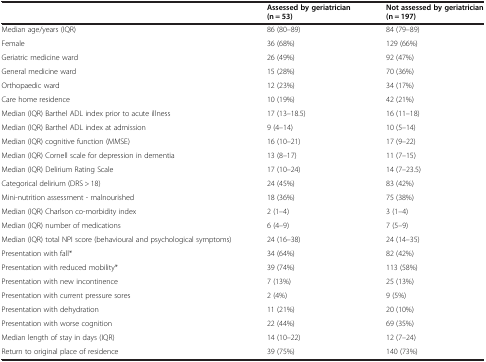
<table><thead><tr><td><b> </b></td><td><b>Assessed by geriatrician (n = 53)</b></td><td><b>Not assessed by geriatrician (n = 197)</b></td></tr></thead><tbody><tr><td>Median age/years (IQR)</td><td>86 (80–89)</td><td>84 (79–89)</td></tr><tr><td>Female</td><td>36 (68%)</td><td>129 (66%)</td></tr><tr><td>Geriatric medicine ward</td><td>26 (49%)</td><td>92 (47%)</td></tr><tr><td>General medicine ward</td><td>15 (28%)</td><td>70 (36%)</td></tr><tr><td>Orthopaedic ward</td><td>12 (23%)</td><td>34 (17%)</td></tr><tr><td>Care home residence</td><td>10 (19%)</td><td>42 (21%)</td></tr><tr><td>Median (IQR) Barthel ADL index prior to acute illness</td><td>17 (13–18.5)</td><td>16 (11–18)</td></tr><tr><td>Median (IQR) Barthel ADL index at admission</td><td>9 (4–14)</td><td>10 (5–14)</td></tr><tr><td>Median (IQR) cognitive function (MMSE)</td><td>16 (10–21)</td><td>17 (9–22)</td></tr><tr><td>Median (IQR) Cornell scale for depression in dementia</td><td>13 (8–17)</td><td>11 (7–15)</td></tr><tr><td>Median (IQR) Delirium Rating Scale</td><td>17 (10–24)</td><td>14 (7–23.5)</td></tr><tr><td>Categorical delirium (DRS &gt; 18)</td><td>24 (45%)</td><td>83 (42%)</td></tr><tr><td>Mini-nutrition assessment - malnourished</td><td>18 (36%)</td><td>75 (38%)</td></tr><tr><td>Median (IQR) Charlson co-morbidity index</td><td>2 (1–4)</td><td>3 (1–4)</td></tr><tr><td>Median (IQR) number of medications</td><td>6 (4–9)</td><td>7 (5–9)</td></tr><tr><td>Median (IQR) total NPI score (behavioural and psychological symptoms)</td><td>24 (16–38)</td><td>24 (14–35)</td></tr><tr><td>Presentation with fall*</td><td>34 (64%)</td><td>82 (42%)</td></tr><tr><td>Presentation with reduced mobility*</td><td>39 (74%)</td><td>113 (58%)</td></tr><tr><td>Presentation with new incontinence</td><td>7 (13%)</td><td>25 (13%)</td></tr><tr><td>Presentation with current pressure sores</td><td>2 (4%)</td><td>9 (5%)</td></tr><tr><td>Presentation with dehydration</td><td>11 (21%)</td><td>20 (10%)</td></tr><tr><td>Presentation with worse cognition</td><td>22 (44%)</td><td>69 (35%)</td></tr><tr><td>Median length of stay in days (IQR)</td><td>14 (10–22)</td><td>12 (7–24)</td></tr><tr><td>Return to original place of residence</td><td>39 (75%)</td><td>140 (73%)</td></tr></tbody></table>